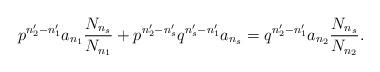
LaTeX: \begin{align*}p^{n_{2}^{\prime}-n_{1}^{\prime}}a_{n_{1}}\frac{N_{n_{s}}}{N_{n_{1}}}+p^{n_{2}^{\prime}-n_{s}^{\prime}}q^{n_{s}^{\prime}-n_{1}^{\prime}}a_{n_{s}}=q^{n_{2}^{\prime}-n_{1}^{\prime}}a_{n_{2}}\frac{N_{n_{s}}}{N_{n_{2}}}.\end{align*}